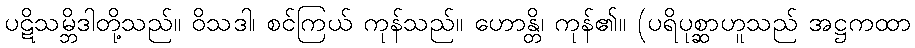
ပဋိသမ္ဘိဒါတို့သည်။ ဝိသဒါ၊ စင်ကြယ် ကုန်သည်။ ဟောန္တိ၊ ကုန်၏။ (ပရိပုစ္ဆာဟူသည် အဋ္ဌကထာ